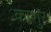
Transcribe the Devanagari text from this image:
काशुर